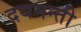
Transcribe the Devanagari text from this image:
दयमन्ती